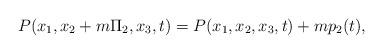
LaTeX: \begin{align*}P(x_1,x_2+m\Pi_2,x_3,t)=P(x_1,x_2,x_3,t)+mp_2(t),\end{align*}